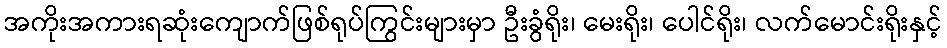
အကိုးအကားရဆုံးကျောက်ဖြစ်ရုပ်ကြွင်းများမှာ ဦးခွံရိုး၊ မေးရိုး၊ ပေါင်ရိုး၊ လက်မောင်းရိုးနှင့်